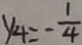
y _ { 4 } = - \frac { 1 } { 4 }